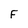
Character: F